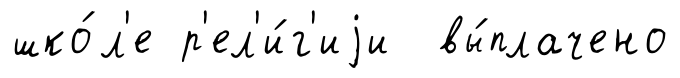
шко́л'е р'ел'и́г'иjи вы́плачено